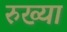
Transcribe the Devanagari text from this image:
रुख्या